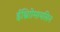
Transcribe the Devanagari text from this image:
ईथ्राोिमायसिन